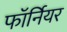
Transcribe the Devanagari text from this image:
फॉर्नियर